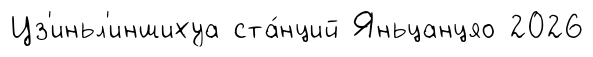
Цз'иньл'иншихуа ста́нций Яньцанцяо 2026